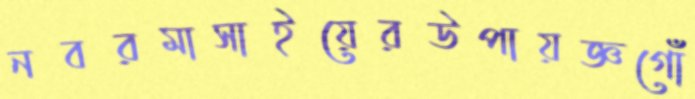
নবরমাসাইয়েরউপায়জ্ঞগোঁ